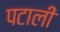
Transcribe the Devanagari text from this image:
पटाली